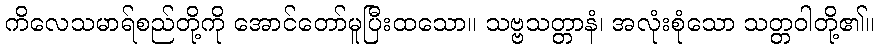
ကိလေသမာရ်စည်တို့ကို အောင်တော်မူပြီးထသော။ သဗ္ဗသတ္တာနံ၊ အလုံးစုံသော သတ္တဝါတို့၏။